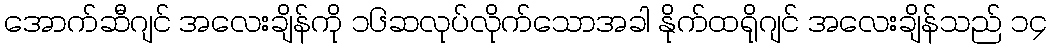
အောက်ဆီဂျင် အလေးချိန်ကို ၁၆ဆလုပ်လိုက်သောအခါ နိုက်ထရိုဂျင် အလေးချိန်သည် ၁၄